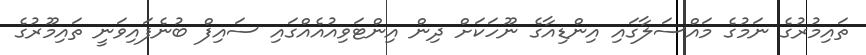
ތައިމުރުގެ ނަމުގެ މައްސަލާގައި އިންޑިއާގެ ނޫހަކަށް ދިން އިންޓަވިއުއެއްގައި ސައިފް ބުނެފައިވަނީ ތައިމޫރުގެ